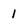
Character: 1